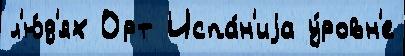
л'ю́д'ях Орт Испа́н'иjа у́ровн'е